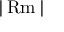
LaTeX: | \operatorname { R m } |